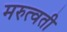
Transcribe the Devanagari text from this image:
मरुत्वती